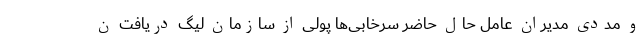
و مددی مدیران عامل حال حاضر سرخابی‌ها پولی از سازمان لیگ دریافت ن